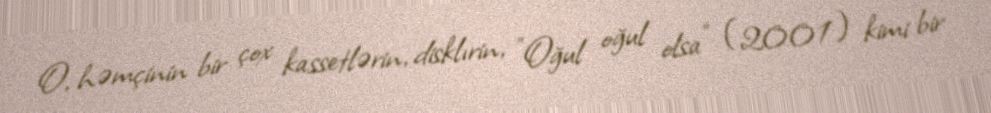
O, həmçinin bir çox kassetlərin, disklırin, "Oğul oğul olsa" (2001) kimi bir